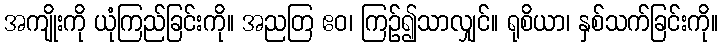
အကျိုးကို ယုံကြည်ခြင်းကို။ အညတြ ဧဝ၊ ကြဉ်၍သာလျှင်။ ရုစိယာ၊ နှစ်သက်ခြင်းကို။